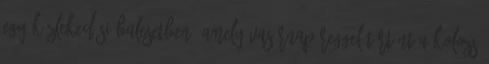
egy közlekedési balesetben, amely vasárnap reggel történt a Kolozs